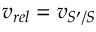
v _ { r e l } = v _ { S ^ { \prime } / S }